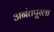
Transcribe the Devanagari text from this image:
अनंतपूरला